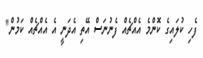
ފެހި ކުލައިގެ ކޮންމެ އެއްޗެއް ފެނުނަސް އޭތި އެދަނީ އެ އެއްޗެއް ކަމުން"